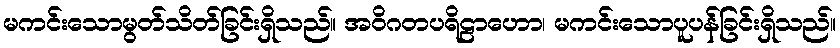
မကင်းသောမွတ်သိတ်ခြင်းရှိသည်။ အဝိဂတပရိဠာဟော၊ မကင်းသောပူပန်ခြင်းရှိသည်။